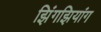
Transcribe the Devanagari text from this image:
झिंगझियांग